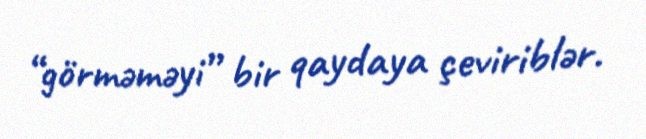
“görməməyi” bir qaydaya çeviriblər.